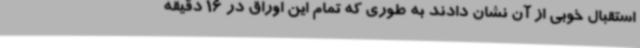
استقبال خوبی از آن نشان دادند به طوری که تمام این اوراق در 16 دقیقه